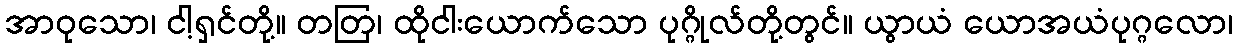
အာဝုသော၊ ငါ့ရှင်တို့။ တတြ၊ ထိုငါးယောက်သော ပုဂ္ဂိုလ်တို့တွင်။ ယွာယံ ယောအယံပုဂ္ဂလော၊